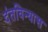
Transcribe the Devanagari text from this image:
दंतविन्यास